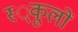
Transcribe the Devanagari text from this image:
स्‍्कूलों